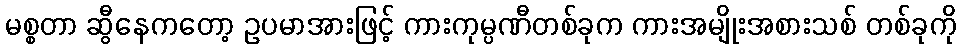
မစ္စတာ ဆွီနေကတော့ ဥပမာအားဖြင့် ကားကုမ္ပဏီတစ်ခုက ကားအမျိုးအစားသစ် တစ်ခုကို